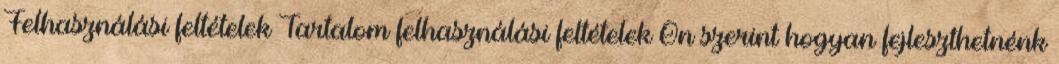
Felhasználási feltételek Tartalom felhasználási feltételek Ön szerint hogyan fejleszthetnénk